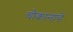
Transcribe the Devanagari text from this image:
चौकानाचे